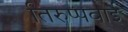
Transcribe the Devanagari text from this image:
तिरुप्पवाई